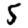
Digit: 5